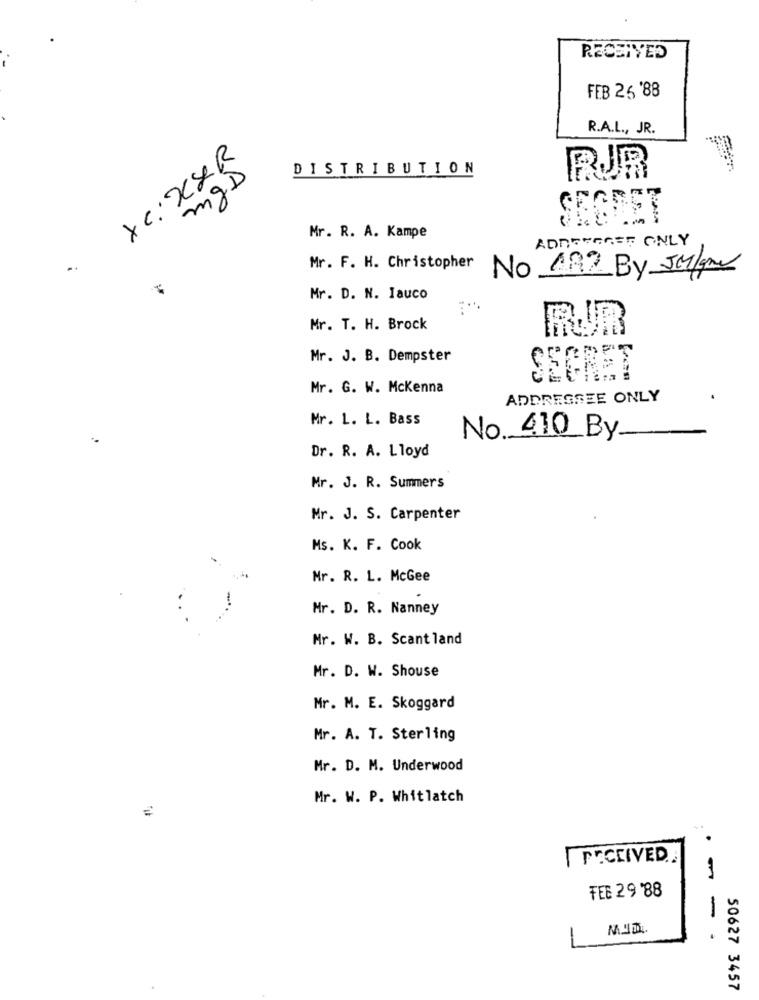
RECEIVED
FEB 25'88
R.A.L ., JR.
Xx: XXR
DISTRIBUTION
RJR
SEEDET
Mr. R. A. Kampe
ADDRYAGED ONLY
Mr. F. H. Christopher
No 192 By Julga
Mr. D. N. Iauco
Mr. T. H. Brock
Mr. J. B. Dempster
SEGRET
Mr. G. W. Mckenna
ADDRESSEE ONLY
Mr. L. L. Bass
No. 410 By
Dr. R. A. Lloyd
Mr. J. R. Summers
Mr. J. S. Carpenter
Ms. K. F. Cook
Mr. R. L. McGee
Mr. D. R. Nanney
Mr. W. B. Scant land
Mr. D. W. Shouse
Mr. M. E. Skoggard
Mr. A. T. Sterling
Mr. D. M. Underwood
Mr. W. P. Whitlatch
=
RECEIVED ..
FEE 29 '88
-
50627 3457